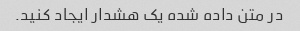
در متن داده شده یک هشدار ایجاد کنید.